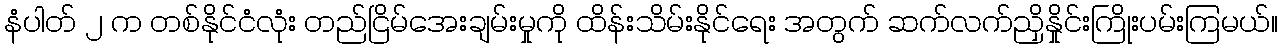
နံပါတ် ၂ က တစ်နိုင်ငံလုံး တည်ငြိမ်အေးချမ်းမှုကို ထိန်းသိမ်းနိုင်ရေး အတွက် ဆက်လက်ညှိနှိုင်းကြိုးပမ်းကြမယ်။